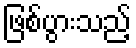
ဖြစ်ပွားသည့်